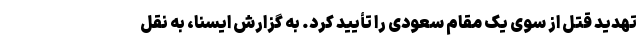
تهدید قتل از سوی یک مقام سعودی را تأیید کرد. به گزارش ایسنا، به نقل